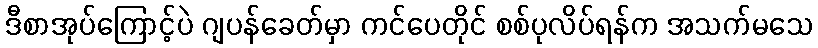
ဒီစာအုပ်ကြောင့်ပဲ ဂျပန်ခေတ်မှာ ကင်ပေတိုင် စစ်ပုလိပ်ရန်က အသက်မသေ